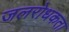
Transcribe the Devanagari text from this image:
जलरोधकता